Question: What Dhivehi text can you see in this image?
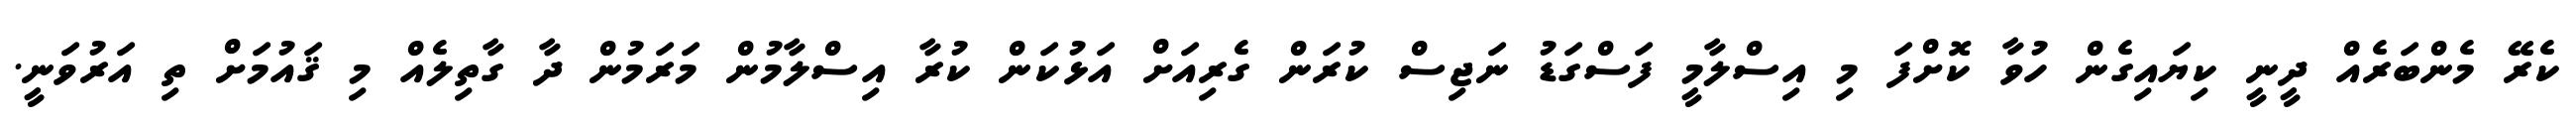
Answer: ކެރޭ މެންބަރެއް ދީނީ ކިޔައިގެން ހުވާ ކޮށްފަ މި އިސްލާމީ ފަސްގަޑު ނަޖިސް ކުރަން ގެރިއަށް އަޅުކަން ކުރާ އިސްލާމުން މަރަމުން ދާ ގާތިލެއް މި ޤައުމަށް ތި އަރުވަނީ.